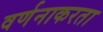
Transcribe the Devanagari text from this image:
वर्णनाकरता